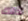
ذلك